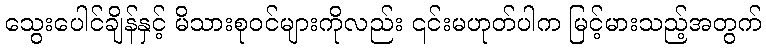
သွေးပေါင်ချိန်နှင့် မိသားစုဝင်များကိုလည်း ၎င်းမဟုတ်ပါက မြင့်မားသည့်အတွက်